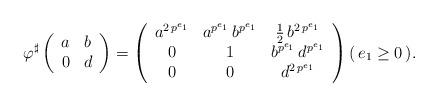
LaTeX: \begin{align*} \varphi^\sharp\left(\begin{array}{c c} a & b \\ 0 & d \end{array}\right) & =\left(\begin{array}{c c c} a^{2 \, p^{e_1}} & a^{p^{e_1}} \, b^{p^{e_1}} & \frac{1}{2} \, b^{2 \, p^{e_1}} \\ 0 & 1 & b^{p^{e_1}} \, d^{p^{e_1}} \\ 0 & 0 & d^{2 \, p^{e_1}} \end{array} \right) (\, e_1 \geq 0 \, ) . \end{align*}